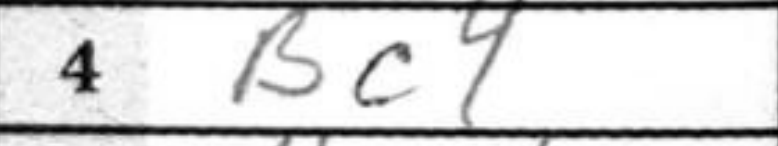
Transcription: Bc4